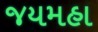
જયમહા